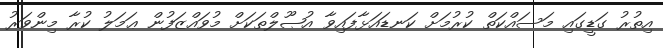
އިތުރު ގަޑީގައި މަސައްކަތް ކުރުމަށް ކަނޑައަޅާފައިވާ އުޞޫލްތަކަށް މުވައްޒަފުން ޢަމަލު ކުރާ މިންވަރު